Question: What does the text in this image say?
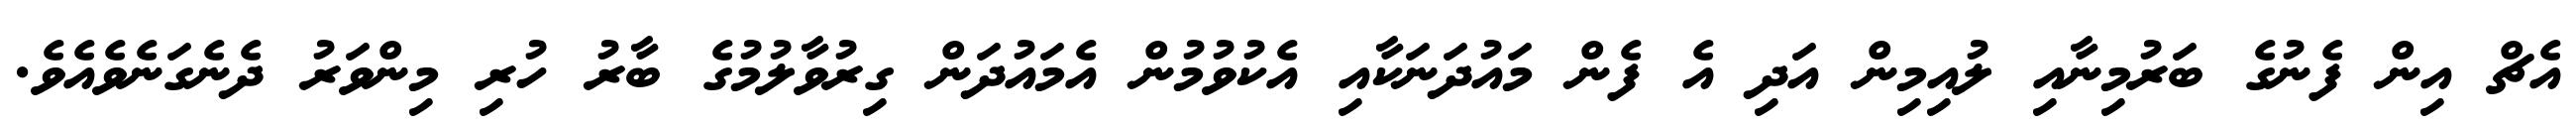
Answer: އެޗް އިން ފެނުގެ ބަރުމިނާއި ލުއިމިން އަދި އެ ފެން މައުދަނަކާއި އެކުވުމުން އެމައުދަން ގިރުވާލުމުގެ ބާރު ހުރި މިންވަރު ދެނެގަނެވެއެވެ.